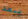
يبعد